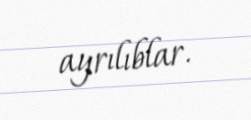
ayrılıblar.